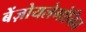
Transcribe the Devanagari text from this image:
बेंज़ोयलेगोनिन